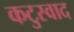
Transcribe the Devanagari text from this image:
कटुस्वाद